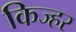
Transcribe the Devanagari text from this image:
किज्हर